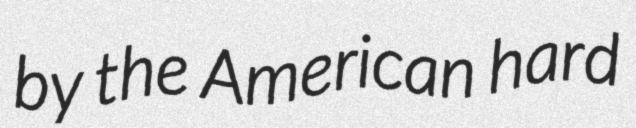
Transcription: by the American hard